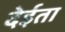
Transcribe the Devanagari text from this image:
देईता